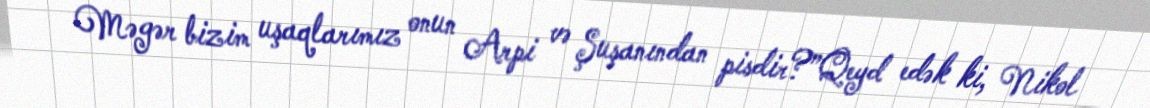
Məgər bizim uşaqlarımız onun Arpi və Şuşanından pisdir?”Qeyd edək ki, Nikol